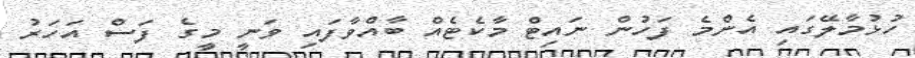
ހުޅުމާލޭގައި އެންމެ ފަހުން ނައިޓް މާކެޓެއް ބާއްވާފައި ވަނީ މީގެ ފަސް އަހަރު